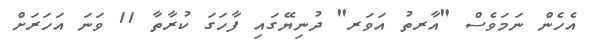
އެހެން ނަމަވެސް "އާރތު އަވަރ" ދުނިޔޭގައިި ފާހަގަ ކުރާތާ 11 ވަނަ އަހަރަށް